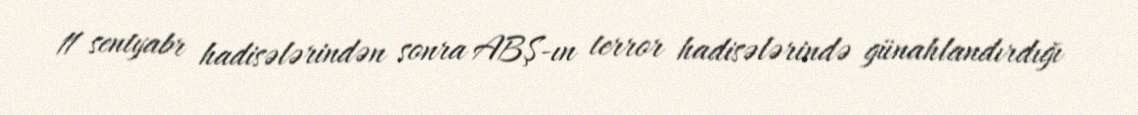
11 sentyabr hadisələrindən sonra ABŞ-ın terror hadisələrində günahlandırdığı